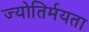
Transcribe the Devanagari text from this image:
ज्योतिर्मयता